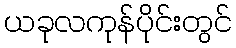
ယခုလကုန်ပိုင်းတွင်